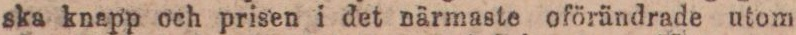
ska knapp och prisen i det närmaste oförändrade utom